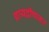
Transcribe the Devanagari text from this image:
प्रायद्वीपावर